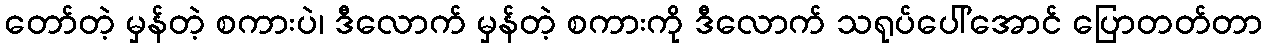
တော်တဲ့ မှန်တဲ့ စကားပဲ၊ ဒီလောက် မှန်တဲ့ စကားကို ဒီလောက် သရုပ်ပေါ်အောင် ပြောတတ်တာ